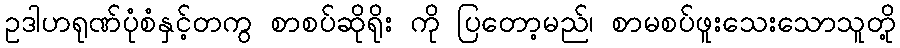
ဥဒါဟရုဏ်ပုံစံနှင့်တကွ စာစပ်ဆိုရိုး ကို ပြတော့မည်၊ စာမစပ်ဖူးသေးသောသူတို့